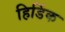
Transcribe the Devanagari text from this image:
हिडिंक